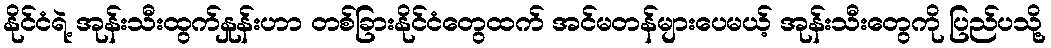
နိုင်ငံရဲ့ အုန်းသီးထွက်နှုန်းဟာ တစ်ခြားနိုင်ငံတွေထက် အင်မတန်များပေမယ့် အုန်းသီးတွေကို ပြည်ပသို့